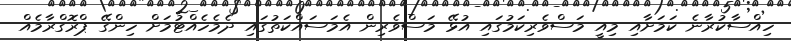
ހިއްސާކުރާނެ ކަމަށާއި މިއީ މަސްވެރިކަމުގައި އުޅޭ މަސްވެރިން އެމަސައްކަތުގައި ދެމެހެއްޓުމަށް ހިންގޭ ޕްރޮގްރާމެއް